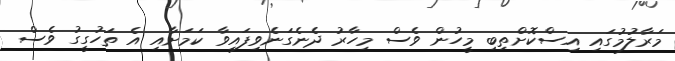
މަރާލުމުގައި އިސްކޮށްތިބި މީހުން ވެސް މިހާރު ދެނެގަނެވިފައިވާ ކަމަށާއި އެ ތަހުގީގު ވެސް